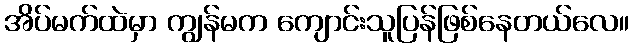
အိပ်မက်ထဲမှာ ကျွန်မက ကျောင်းသူပြန်ဖြစ်နေတယ်လေ။